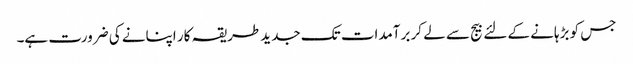
جس کو بڑہانے کے لئے بیج سے لے کر برآمدات تک جدید طریقہ کار اپنانے کی ضرورت ہے۔